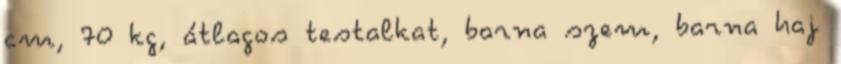
cm, 70 kg, átlagos testalkat, barna szem, barna haj